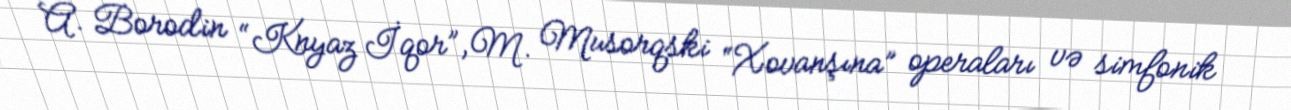
A. Borodin “Knyaz İqor”, M. Musorqski “Xovanşına” operaları və simfonik